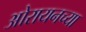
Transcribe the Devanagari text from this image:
ओरायनच्या